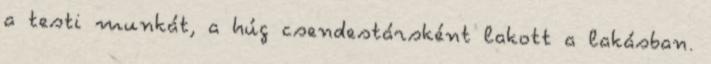
a testi munkát, a húg csendestársként lakott a lakásban.